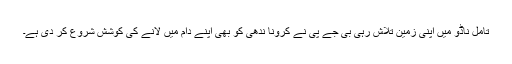
تامل ناڈو میں اپنی زمین تلاش رہی بی جے پی نے کرونا ندھی کو بھی اپنے دام میں لانے کی کوشش شروع کر دی ہے۔